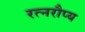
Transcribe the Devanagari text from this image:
रत्नरौप्य